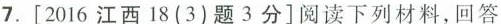
7.[2016江西18(3)题3分]阅读下列材料，回答